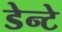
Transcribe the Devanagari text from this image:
डेन्टे